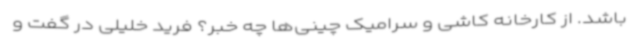
باشد. از کارخانه کاشی و سرامیک چینی‌ها چه خبر؟ فرید خلیلی در گفت و